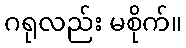
ဂရုလည်း မစိုက်။